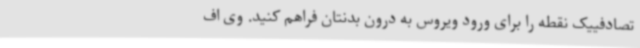
تصادفییک نقطه را برای ورود ویروس به درون بدنتان فراهم کنید. وی اف